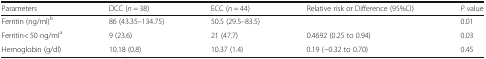
<table><thead><tr><td><b>Parameters</b></td><td><b>DCC (<i>n</i> = 38)</b></td><td><b>ECC (<i>n</i> = 44)</b></td><td><b>Relative risk or Difference (95%CI)</b></td><td><b><i>P</i> value</b></td></tr></thead><tbody><tr><td>Ferritin (ng/ml)<sup>b</sup></td><td>86 (43.35–134.75)</td><td>50.5 (29.5–83.5)</td><td></td><td>0.01</td></tr><tr><td>Ferritin&lt; 50 ng/ml<sup>a</sup></td><td>9 (23.6)</td><td>21 (47.7)</td><td>0.4692 (0.25 to 0.94)</td><td>0.03</td></tr><tr><td>Hemoglobin (g/dl)</td><td>10.18 (0.8)</td><td>10.37 (1.4)</td><td>0.19 (−0.32 to 0.70)</td><td>0.45</td></tr></tbody></table>